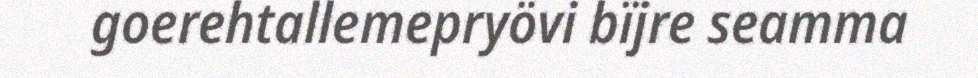
goerehtallemepryövi bïjre seamma